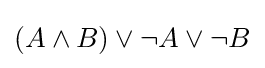
(A\land B)\lor \lnot A\lor \lnot B